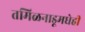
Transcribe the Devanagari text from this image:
तमिळनाडूमधेही